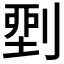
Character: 𠞐